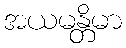
အယမန္တိမာ